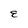
Character: E